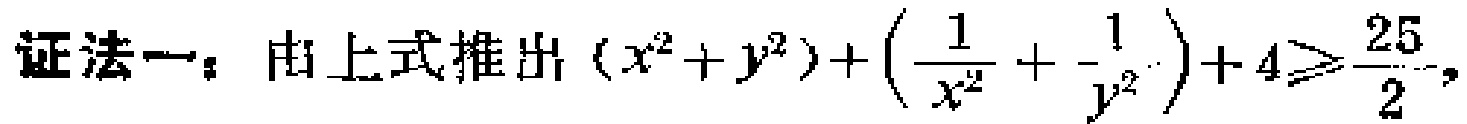
证法一：由上式推出\((x^{2}+y^{2})+(\frac{1}{x^{2}}+\frac{1}{y^{2}})+4\geqslant\frac{25}{2}\)，